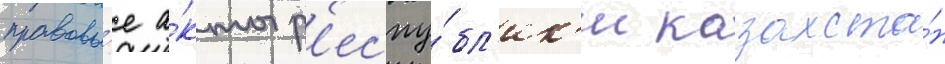
правовы́е а́кты р'еспу́бл'ик'и казахста́н